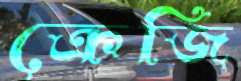
ক্রেজি